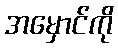
အမှောင်ကို